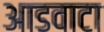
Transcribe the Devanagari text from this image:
आडवाटा